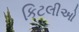
કિટલીઓ